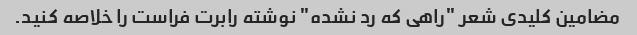
مضامین کلیدی شعر "راهی که رد نشده" نوشته رابرت فراست را خلاصه کنید.